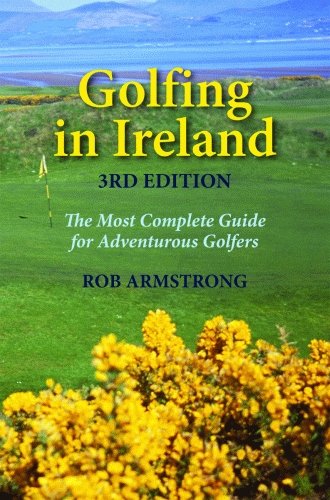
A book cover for Golfing in Ireland: The Most Complete Guide For Adventurous Golfers; Robert Armstrong; Travel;